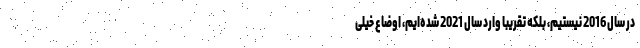
در سال 2016 نیستیم، بلکه تقریباً وارد سال 2021 شده‌ایم، اوضاع خیلی